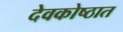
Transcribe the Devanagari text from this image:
देवकोष्ठात